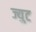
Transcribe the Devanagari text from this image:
ज्युट